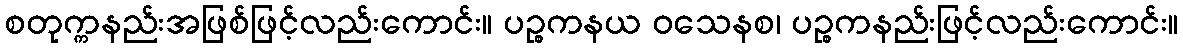
စတုက္ကနည်းအဖြစ်ဖြင့်လည်းကောင်း။ ပဉ္စကနယ ဝသေနစ၊ ပဉ္စကနည်းဖြင့်လည်းကောင်း။